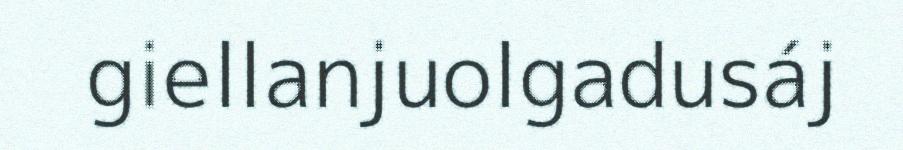
giellanjuolgadusáj